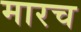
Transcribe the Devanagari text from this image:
मारच